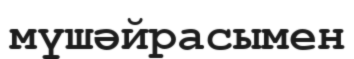
мүшәйрасымен